Document type: Emphyteutic lease
Year: 1274
Scribe: Pere Marquès
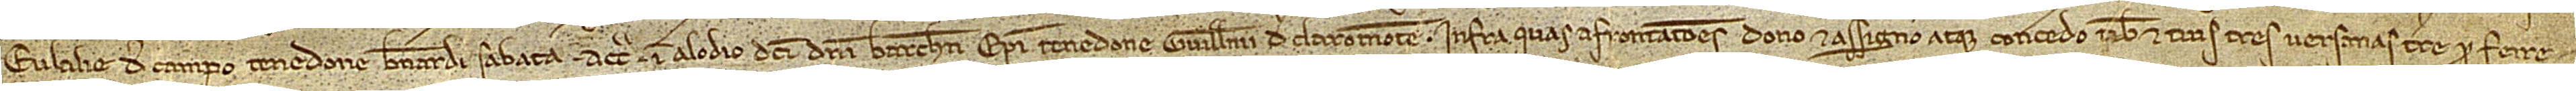
Eulalie de Campo, tenedone Bernardi Sabata; a circio in alodio dicti domini Barchinonesis episcopi, tenedone Guillelmi de Claromonte. Infra quas afrontaciones dono et assigno atque concedo tibi et tuis tres versanas terre pro ferre-